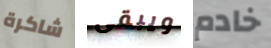
شاكرة ويبقى خادم